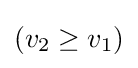
(v_{2}\geq v_{1})